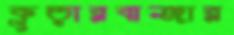
কুড়ারবাজার